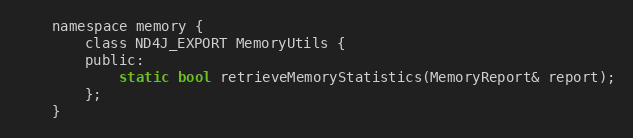
Language: C
    namespace memory {
        class ND4J_EXPORT MemoryUtils {
        public:
            static bool retrieveMemoryStatistics(MemoryReport& report);
        };
    }